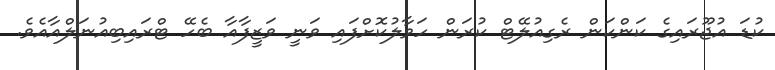
ކުޑަ އުޖޫރައިގެ ކަންކަން ރެގިއުލޭޓް ކުރަން ހަވާލުކޮށްފައި ވަނީ ވަޒީފާއާ ބެހޭ ޓްރައިބިއުނަލްއާއެވެ.